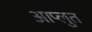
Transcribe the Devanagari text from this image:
आप्लुत